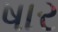
ષાર